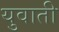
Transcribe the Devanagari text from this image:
युवाती